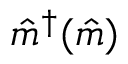
\hat { m } ^ { \dagger } ( \hat { m } )